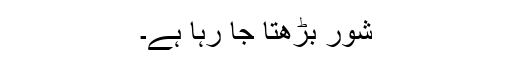
شور بڑھتا جا رہا ہے۔